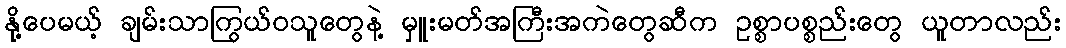
နို့ပေမယ့် ချမ်းသာကြွယ်ဝသူတွေနဲ့ မှူးမတ်အကြီးအကဲတွေဆီက ဥစ္စာပစ္စည်းတွေ ယူတာလည်း